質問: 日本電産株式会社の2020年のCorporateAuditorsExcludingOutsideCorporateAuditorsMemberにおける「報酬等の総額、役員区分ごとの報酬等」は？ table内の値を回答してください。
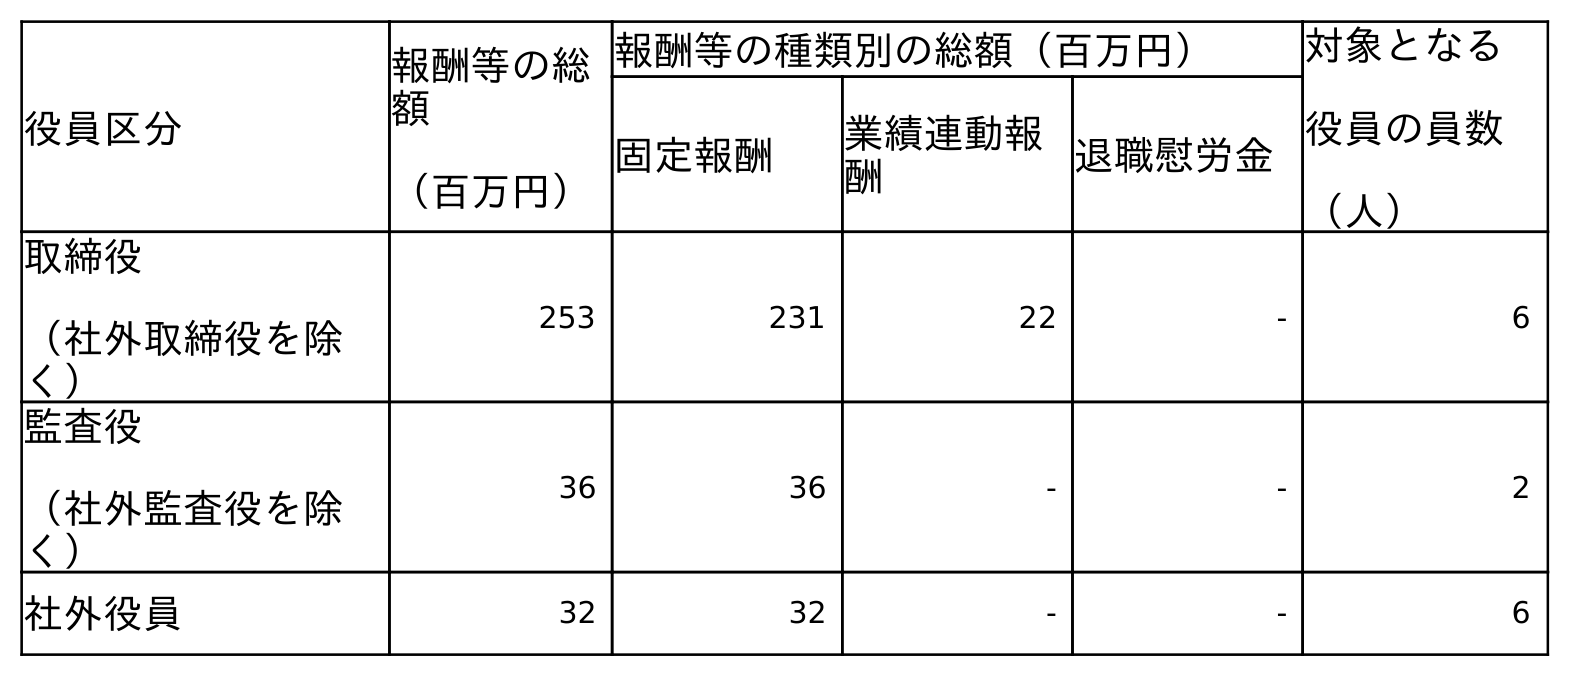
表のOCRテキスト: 役員区分 報酬等の総 額 （百万円） 報酬等の種類別の総額（百万円） 対象となる 役員の員数 （人） 固定報酬 業績連動報 酬 退職慰労金 取締役 （社外取締役を除 く） 253 231 22 - 6 監査役 （社外監査役を除 く） 36 36 - - 2 社外役員 32 32 - - 6
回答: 36